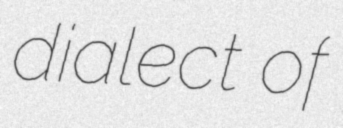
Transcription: dialect of